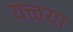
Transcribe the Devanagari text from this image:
यत्त्वया